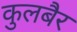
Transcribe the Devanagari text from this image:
कुलबैर